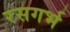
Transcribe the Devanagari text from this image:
रसगर्भ